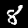
Label: 8